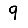
Digit: 9